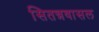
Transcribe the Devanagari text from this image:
सितन्नवासल